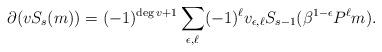
LaTeX: \begin{align*}\partial(v S_s(m))=(-1)^{\deg v+1}\sum_{\epsilon,\ell}(-1)^\ell v_{\epsilon,\ell}S_{s-1}(\beta^{1-\epsilon}P^\ell m).\end{align*}